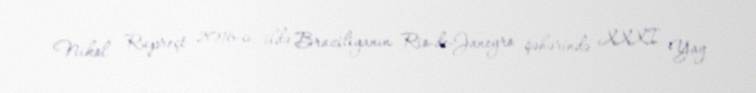
Nikol Rupreçt 2016-cı ildə Braziliyanın Rio-de-Janeyro şəhərində XXXI Yay